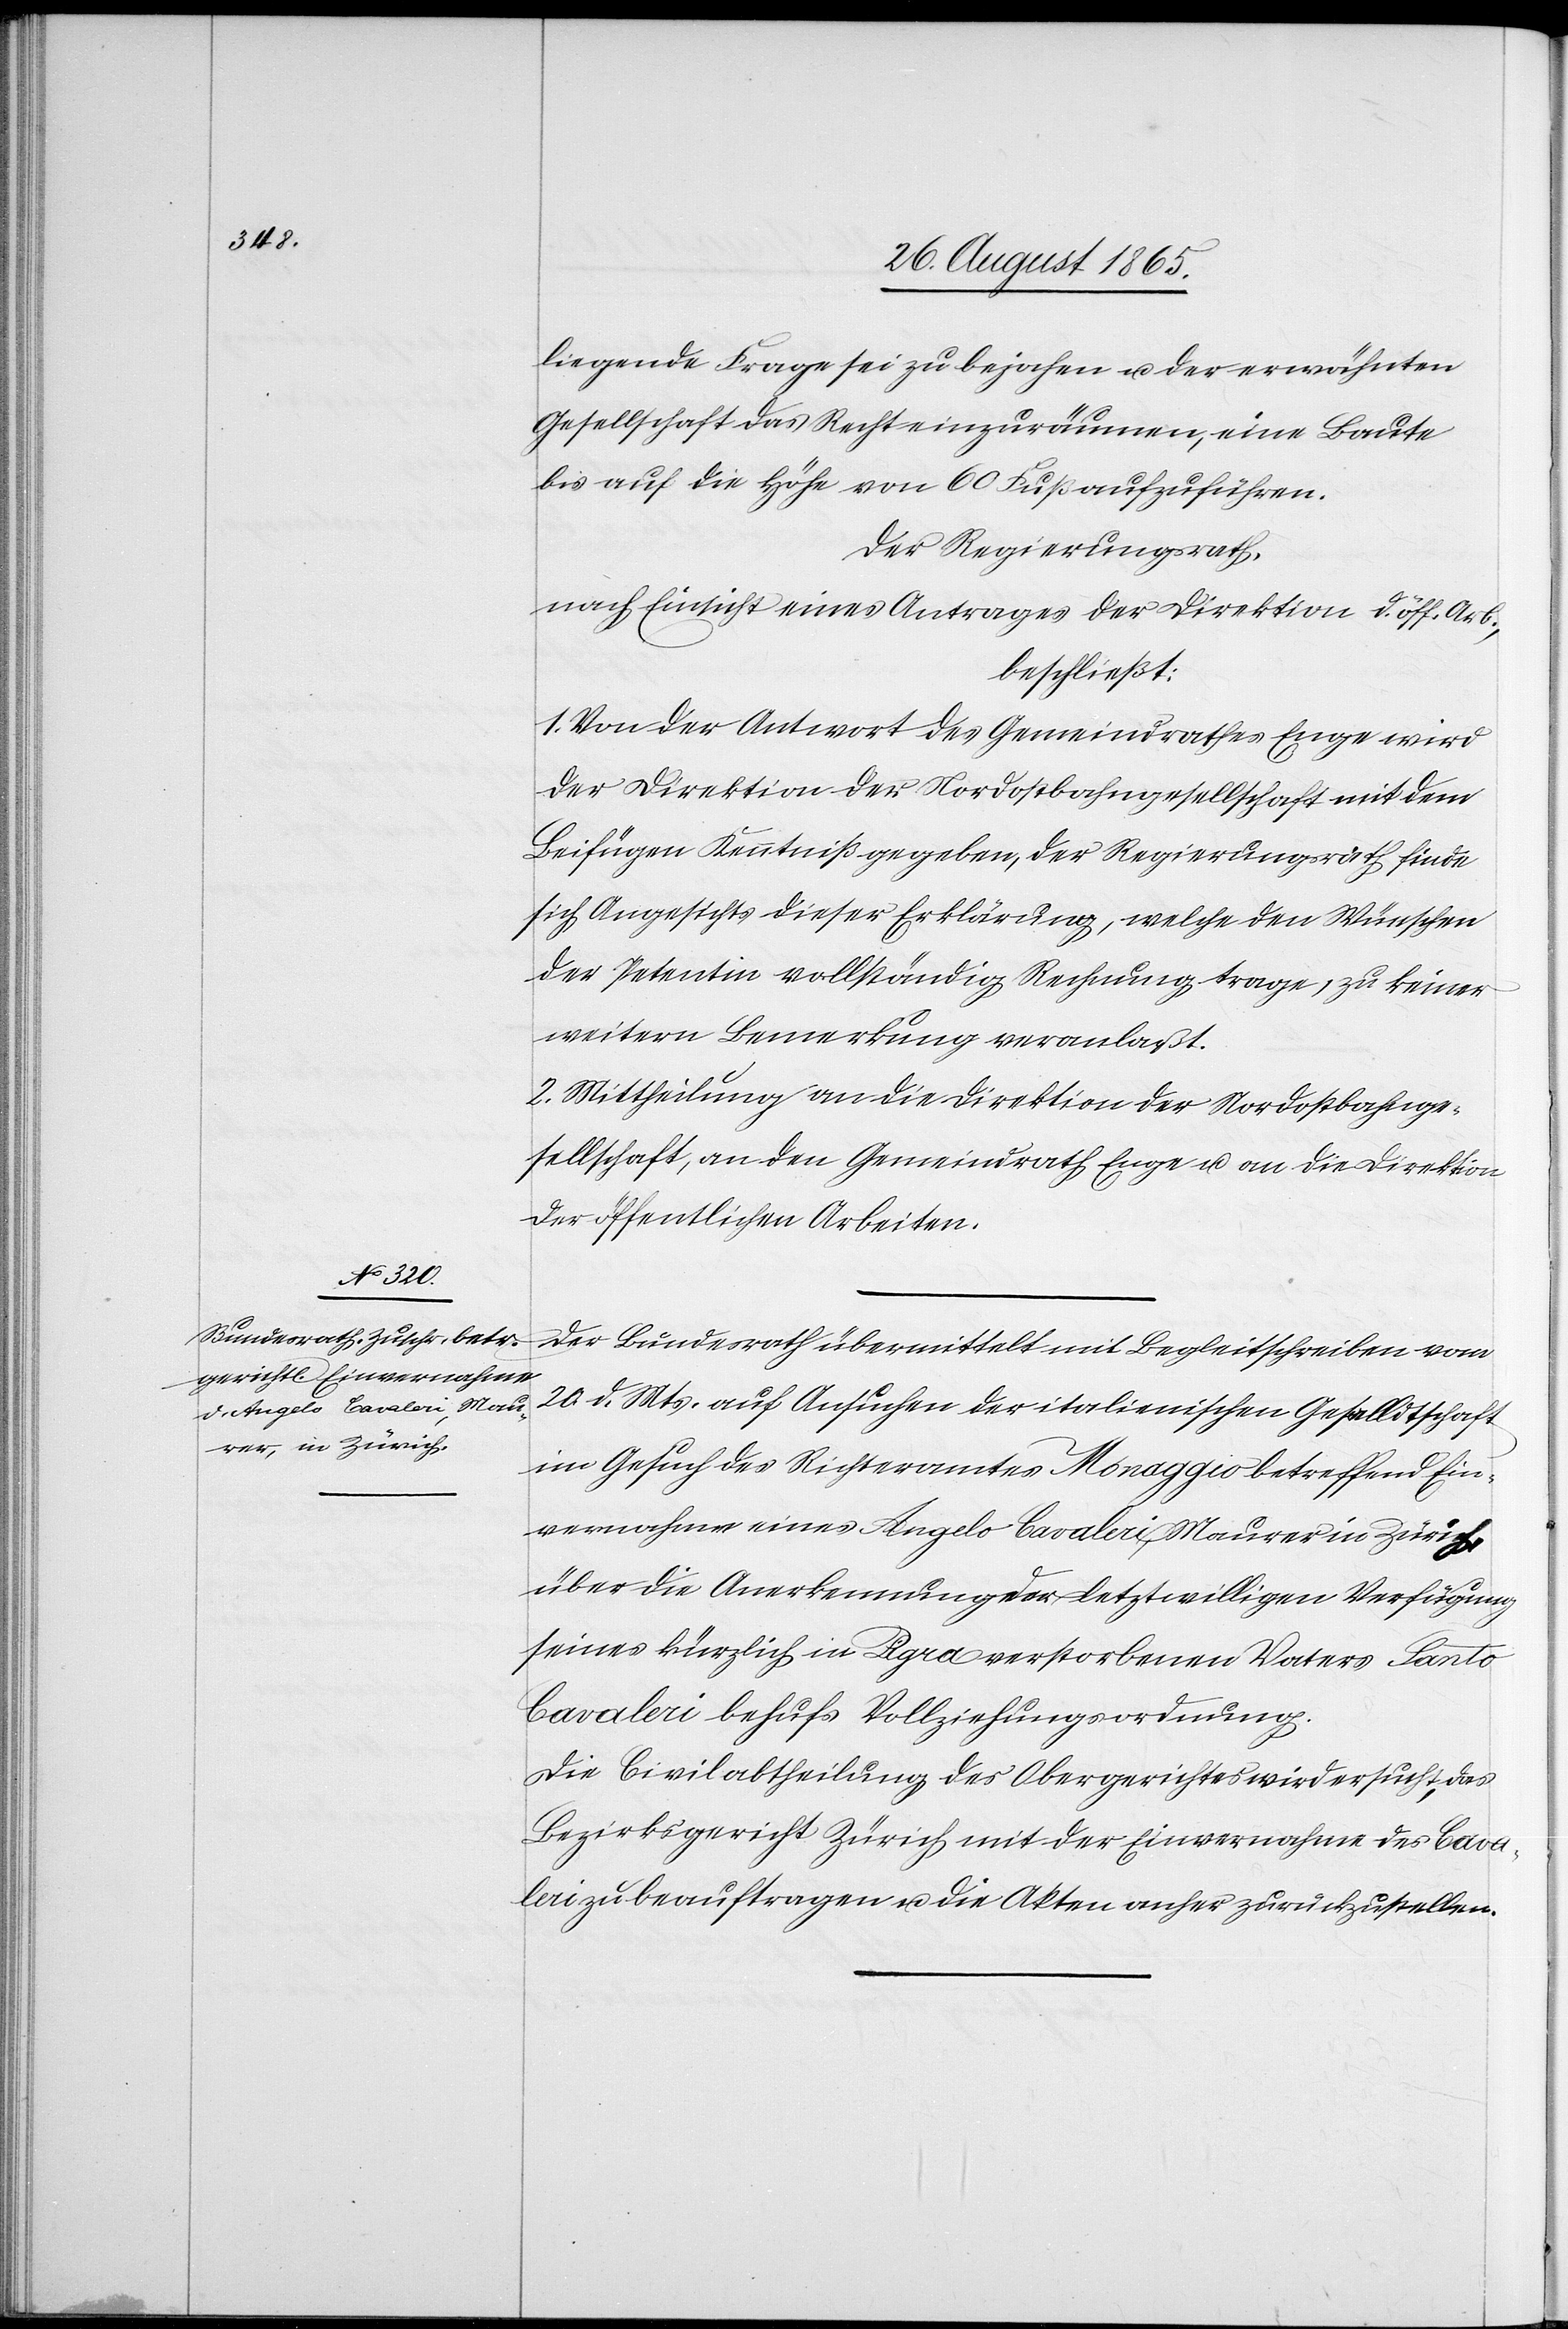
liegende Frage sei zu bejahen u. der erwähnten
Gesellschaft das Recht einzuräumen, eine Baute
bis auf die Höhe von 60 Fuß aufzuführen.
Der Regierungsrath,
nach Einsicht eines Antrages der Direktion d. öff. Arb.,
beschließt:
1. Von der Antwort des Gemeindrathes Enge wird
der Direktion der Nordostbahngesellschaft mit dem
Beifügen Kenntniß gegeben, der Regierungsrath finde
sich Angesichts dieser Erklärung, welche den Wünschen
der Petentin vollständig Rechnung trage, zu keiner
weitern Bemerkung veranlaßt.
2. Mittheilung an die Direktion der Nordostbahnge¬
sellschaft, an den Gemeindrath Enge u. an die Direktion
der öffentlichen Arbeiten.
Der Bundesrath übermittelt mit Begleitschreiben vom
20. d. Mts. auf Ansuchen der italienischen Gesalldtschaft
ein Gesuch des Richteramtes Monaggio betreffend Ein¬
vernahme eines Angelo Cavaleri, Maurer in Zürich,
über die Anerkennung der letztwilligen Verfügung
seines kürzlich in Pigra verstorbenen Vaters Santo
Cavaleri behufs Vollziehungsordnung.
Die Civilabtheilung des Obergerichtes wird ersucht, das
Bezirksgericht Zürich mit der Einvernahme des Cava¬
leri zu beauftragen u. die Akten anher zurückzustellen.